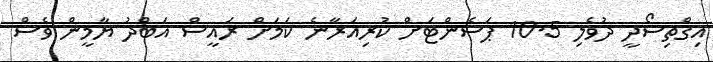
އިގްތިސޯދީ ދުވެލި 10.5 ޕަސެންޓަށް ކުރިއަރާނެ ކަމަށް ރައީސް އަބްދު ޔާމީން ވެސް